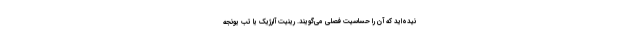
نیده‌اید که آن را حساسیت فصلی می‌گویند. رینیت آلرژیک یا تب‌ یونجه